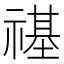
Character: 禥